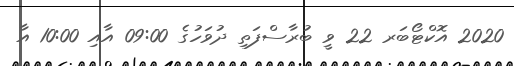
2020 އޮކްޓޯބަރ 22 ވީ ބުރާސްފަތި ދުވަހުގެ 09:00 އާއި 10:00 އާ